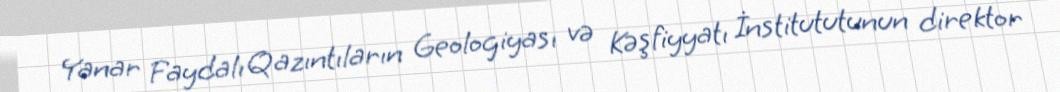
Yanar Faydalı Qazıntıların Geologiyası və Kəşfiyyatı İnstitututunun direktor